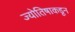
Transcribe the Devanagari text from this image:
ज्योतिषाकडून